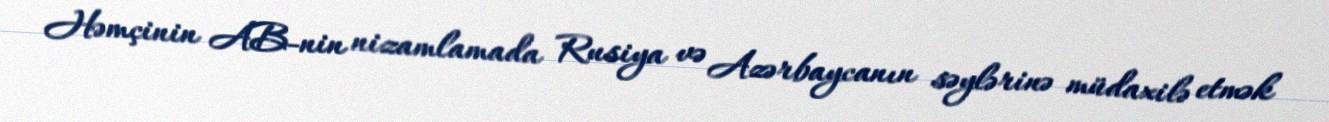
Həmçinin AB-nin nizamlamada Rusiya və Azərbaycanın səylərinə müdaxilə etmək